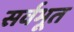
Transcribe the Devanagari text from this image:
सर्वभूत